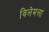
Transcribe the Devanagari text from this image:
विलेमला